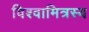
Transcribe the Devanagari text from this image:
विश्वामित्रस्य